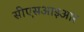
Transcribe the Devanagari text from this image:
सीएसआइआर